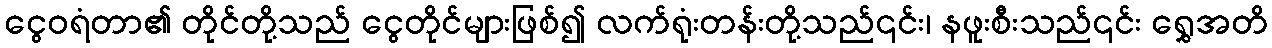
ငွေဝရံတာ၏ တိုင်တို့သည် ငွေတိုင်များဖြစ်၍ လက်ရုံးတန်းတို့သည်၎င်း၊ နဖူးစီးသည်၎င်း ရွှေအတိ